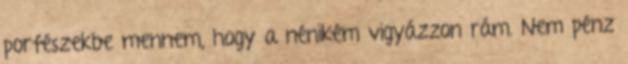
porfészekbe mennem, hogy a nénikém vigyázzon rám. Nem pénz